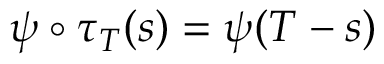
\psi \circ \tau _ { T } ( s ) = \psi ( T - s )